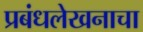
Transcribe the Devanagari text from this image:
प्रबंधलेखनाचा